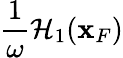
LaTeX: \frac{1}{\omega}{\cal H}_{1}({\mathbf x}_{F})